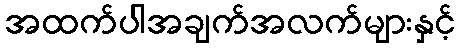
အထက်ပါအချက်အလက်များနှင့်